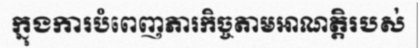
ក្នុងការបំពេញភារកិច្ចតាមអាណត្តិរបស់